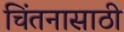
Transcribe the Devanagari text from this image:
चिंतनासाठी